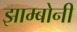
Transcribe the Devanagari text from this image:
झाम्बोनी